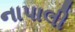
નાપાલી